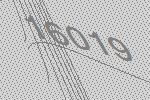
16019